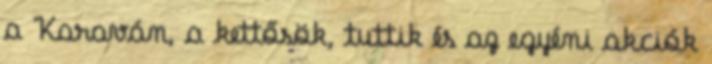
a Karaván, a kettősök, tuttik és az egyéni akciók